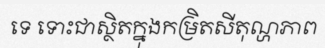
ទេ ទោះជាស្ថិតក្នុងកម្រិតសីតុណ្ហភាព